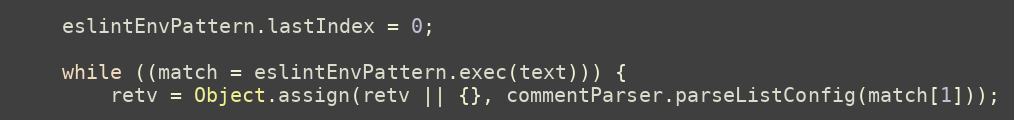
Language: JavaScript
    eslintEnvPattern.lastIndex = 0;

    while ((match = eslintEnvPattern.exec(text))) {
        retv = Object.assign(retv || {}, commentParser.parseListConfig(match[1]));